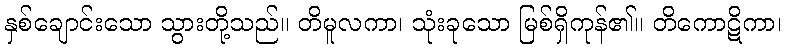
နှစ်ချောင်းသော သွားတို့သည်။ တိမူလကာ၊ သုံးခုသော မြစ်ရှိကုန်၏။ တိကောဋိကာ၊